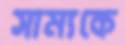
সাম্যকে